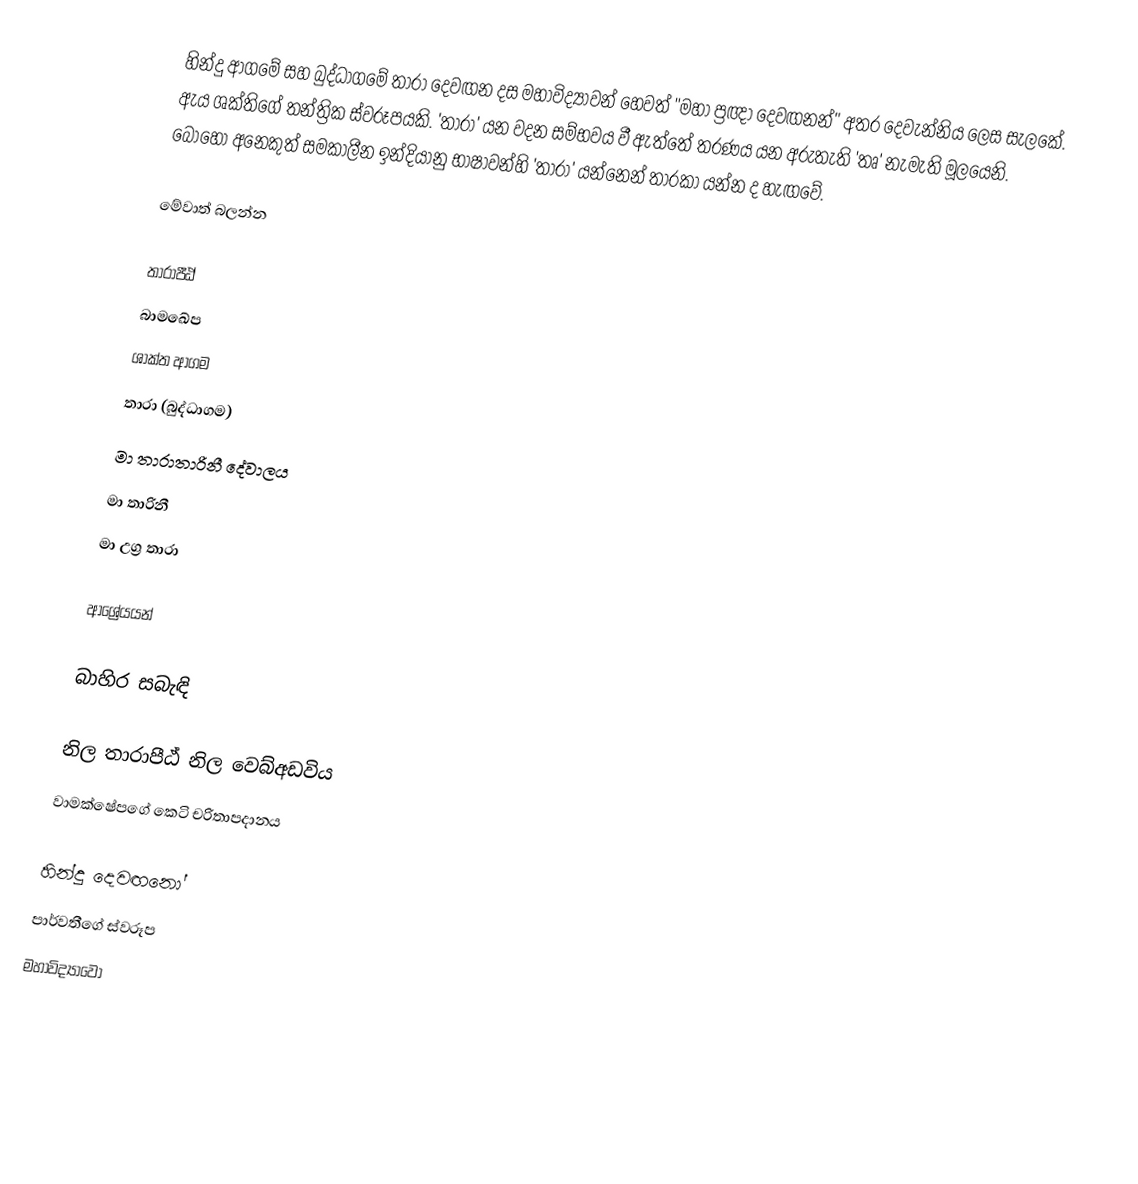
හින්දු ආගමේ සහ බුද්ධාගමේ තාරා දෙවඟන දස මහාවිද්‍යාවන් හෙවත් "මහා ප්‍රඥා දෙවඟනන්" අතර දෙවැන්නිය ලෙස සැලකේ. ඇය ශක්තිගේ තන්ත්‍රික ස්වරූපයකි. 'තාරා' යන වදන සම්භවය වී ඇත්තේ තරණය යන අරුතැති 'තෘ' නැමැති මූලයෙනි. බොහෝ අනෙකුත් සමකාලීන ඉන්දියානු භාෂාවන්හි 'තාරා' යන්නෙන් තාරකා යන්න ද හැඟවේ.

මේවාත් බලන්න

තාරාපීඨ්
බාමඛේප
ශාක්ත ආගම
තාරා (බුද්ධාගම)
මා තාරාතාරිනී දේවාලය
මා තාරිනී
මා උග්‍ර තාරා

ආශ්‍රේයයන්

බාහිර සබැඳි

 නිල තාරාපීඨ් නිල වෙබ්අඩවිය
 වාමක්ෂේපගේ කෙටි චරිතාපදානය

හින්දු දෙවඟනෝ
පාර්වතීගේ ස්වරූප
මහාවිද්‍යාවෝ